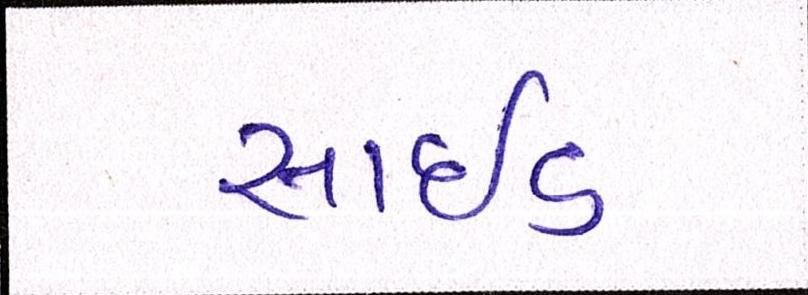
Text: સાઈડ